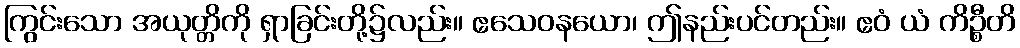
ကြွင်းသော အယုတ္တိကို ရှာခြင်းတို့၌လည်း။ ဧသေဝနယော၊ ဤနည်းပင်တည်း။ ဧဝံ ယံ ကိဉ္စီတိ